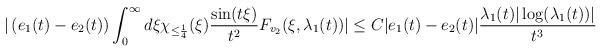
LaTeX: \begin{align*} &|\left(e_{1}(t)-e_{2}(t)\right)\int_{0}^{\infty} d\xi \chi_{\leq \frac{1}{4}}(\xi) \frac{\sin(t\xi)}{t^{2}} F_{v_{2}}(\xi,\lambda_{1}(t))|\leq C |e_{1}(t)-e_{2}(t)| \frac{\lambda_{1}(t) |\log(\lambda_{1}(t))|}{t^{3}}\end{align*}